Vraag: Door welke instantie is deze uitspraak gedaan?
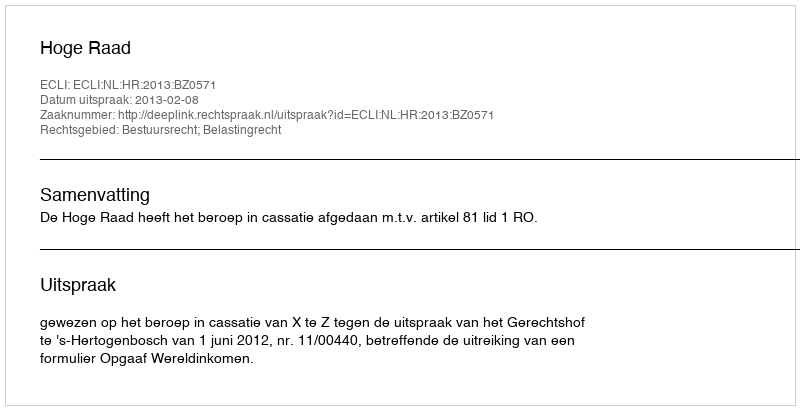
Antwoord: Hoge Raad